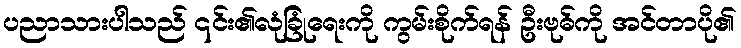
ပညာသားပါသည် ၎င်း၏လုံခြုံရေးကို ကွမ်းစိုက်ရန် ဦးဗုဓ်ကို အင်တာပို၏